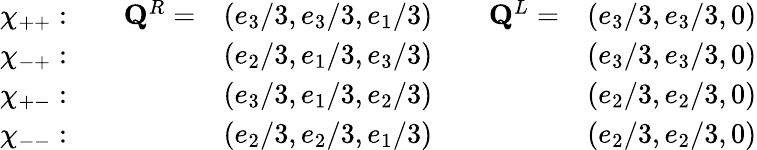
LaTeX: \begin{array}{ccccc}{{\chi_{++}:\quad}}&{{{\mathbf Q}^{R}=}}&{{(e_{3}/3,e_{3}/3,e_{1}/3)\quad}}&{{{\mathbf Q}^{L}=}}&{{(e_{3}/3,e_{3}/3,0)}}\\ {{\chi_{-+}:\quad}}&{{}}&{{(e_{2}/3,e_{1}/3,e_{3}/3)\quad}}&{{}}&{{(e_{3}/3,e_{3}/3,0)}}\\ {{\chi_{+-}:\quad}}&{{}}&{{(e_{3}/3,e_{1}/3,e_{2}/3)\quad}}&{{}}&{{(e_{2}/3,e_{2}/3,0)}}\\ {{\chi_{--}:\quad}}&{{}}&{{(e_{2}/3,e_{2}/3,e_{1}/3)\quad}}&{{}}&{{(e_{2}/3,e_{2}/3,0)}}\end{array}